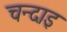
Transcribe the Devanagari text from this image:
चन्दाइ